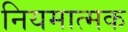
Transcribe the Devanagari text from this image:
नियमात्मक